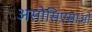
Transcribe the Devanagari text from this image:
असोसिएसाओ